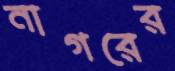
নাগরের